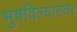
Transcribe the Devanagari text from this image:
भुषविल्यानंतर